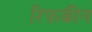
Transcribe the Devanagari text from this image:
रिफ़कीन